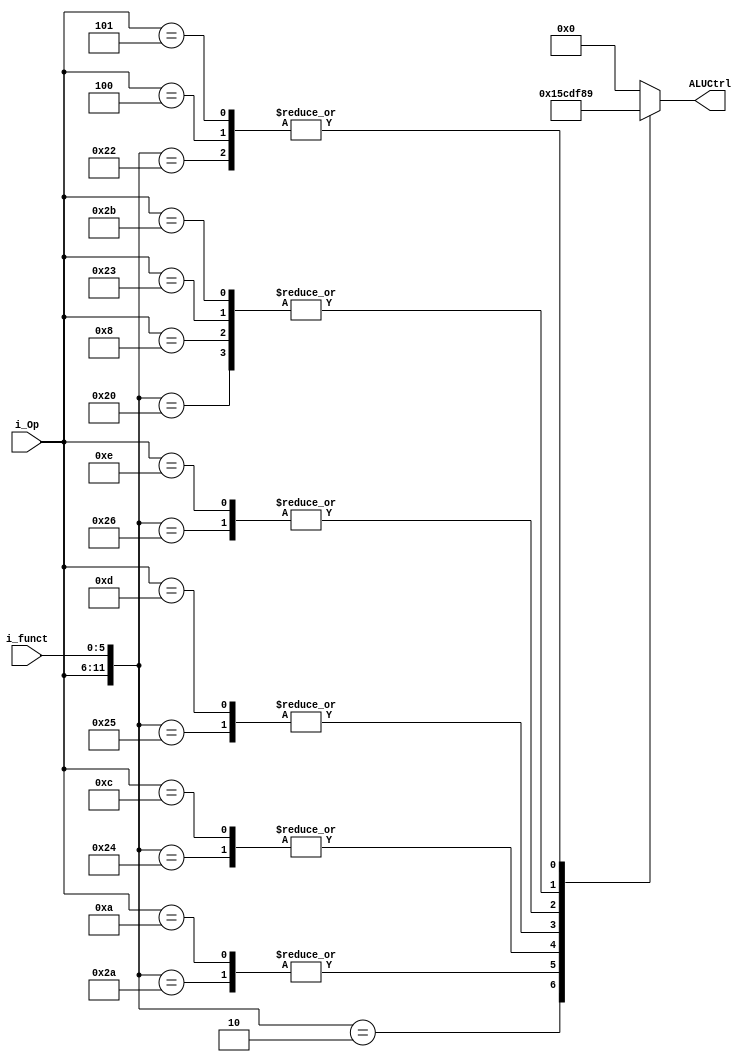
module ALUControl(
	input [5:0] i_Op,
	input [5:0] i_funct,
	output reg [3:0]ALUCtrl
);

reg [11:0]control;

always @* begin
control = {i_Op, i_funct};
casez(control)
	12'b000000_100000: ALUCtrl = 4'b1000;
	12'b000000_100010: ALUCtrl = 4'b1001;
	12'b000000_100100: ALUCtrl = 4'b1100;
	12'b000000_100101: ALUCtrl = 4'b1101;
	12'b000000_100110: ALUCtrl = 4'b1111;
	12'b000000_101010: ALUCtrl = 4'b0101;
	12'b000000_000000: ALUCtrl = 4'b0000;
	12'b000000_000010: ALUCtrl = 4'b0001;
	12'b001000??????: ALUCtrl = 4'b1000;
	12'b001010??????: ALUCtrl = 4'b0101;
	12'b001100??????: ALUCtrl = 4'b1100;
	12'b001101??????: ALUCtrl = 4'b1101;
	12'b001110??????: ALUCtrl = 4'b1111;
	12'b100011??????: ALUCtrl = 4'b1000;
	12'b101011??????: ALUCtrl = 4'b1000;
	12'b000100??????: ALUCtrl = 4'b1001;
	12'b000101??????: ALUCtrl = 4'b1001;
	12'b000010??????: ALUCtrl = 4'b0;

	
	  default   :  ALUCtrl = 4'b0;
           
endcase
end
endmodule